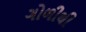
ગોળીથી